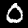
Digit: 0